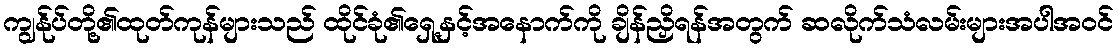
ကျွန်ုပ်တို့၏ထုတ်ကုန်များသည် ထိုင်ခုံ၏ရှေ့နှင့်အနောက်ကို ချိန်ညှိရန်အတွက် ဆလိုက်သံလမ်းများအပါအဝင်